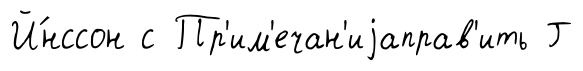
Й́нссон с Пр'им'ечан'иjаправ'ить Г